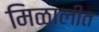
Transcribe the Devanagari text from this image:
मिळालीत